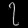
Digit: ၇